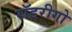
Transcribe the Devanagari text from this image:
रॉडरीगो